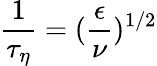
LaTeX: \frac{1}{\tau_{\eta}}=(\frac{\epsilon}{\nu})^{1/2}